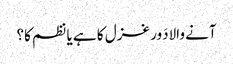
آنے والادَور غزل کا ہے یا نظم کا؟